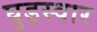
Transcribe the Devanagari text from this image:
घुड़स्वार